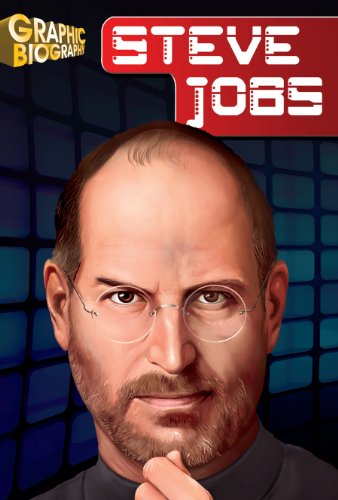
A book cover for Steve Jobs Graphic Biography (Saddleback's Graphic Biographies); Saddleback Educational Publishing; Children's Books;